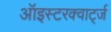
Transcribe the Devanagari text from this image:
ऑइस्टरक्वार्ट्ज